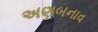
અણબનાવ